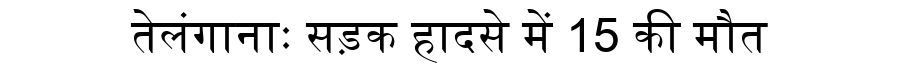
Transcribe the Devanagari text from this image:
तेलंगानाः सड़क हादसे में 15 की मौत